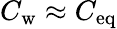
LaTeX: C_{\mathrm{w}}\approx C_{\mathrm{eq}}